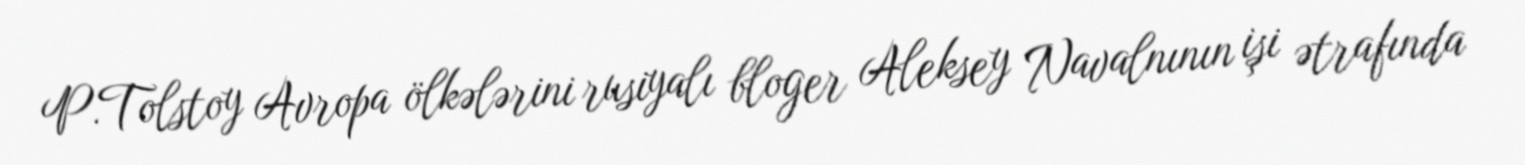
P.Tolstoy Avropa ölkələrini rusiyalı bloger Aleksey Navalnının işi ətrafında